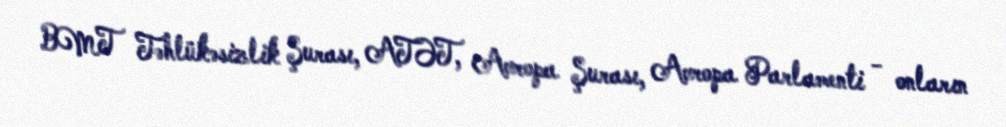
BMT Təhlükəsizlik Şurası, ATƏT, Avropa Şurası, Avropa Parlamenti - onların